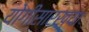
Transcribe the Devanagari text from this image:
योगीसारख्या